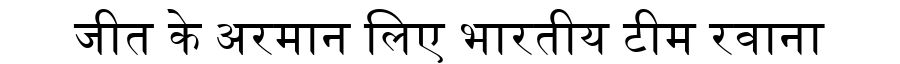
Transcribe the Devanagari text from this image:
जीत के अरमान लिए भारतीय टीम रवाना